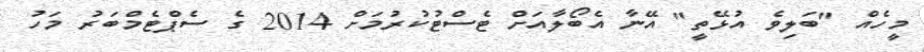
މީހެއް "ބަލިވެ އުޅޭތީ" އޭނާ އެބޯލާއަށް ޓެސްޓުކުރުމަށް 2014 ގެ ސެޕްޓެމްބަރު މަހު